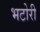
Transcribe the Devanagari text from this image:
भटोरी